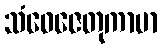
သံဝေဇေတုကာမာ